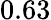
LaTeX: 0.63